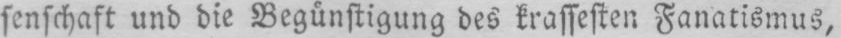
senschaft und die Begünstigung des krassesten Fanatismus,